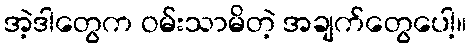
အဲ့ဒါတွေက ဝမ်းသာမိတဲ့ အချက်တွေပေါ့။